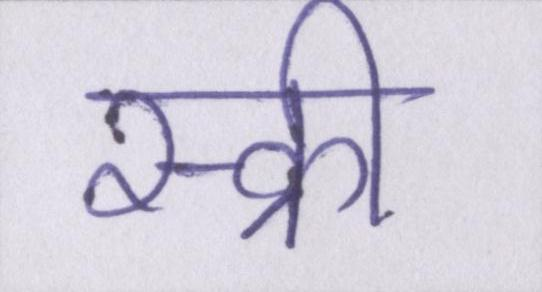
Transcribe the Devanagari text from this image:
स्क्री